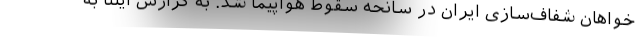
خواهان شفاف‌سازی ایران در سانحه سقوط هواپیما شد. به گزارش ایلنا به